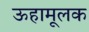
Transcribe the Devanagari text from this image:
ऊहामूलक